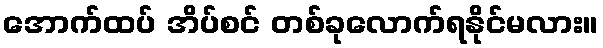
အောက်ထပ် အိပ်စင် တစ်ခုလောက်ရနိုင်မလား။